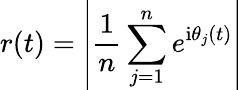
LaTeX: r(t)=\left\lvert\frac{1}{n}\sum_{j=1}^{n}e^{\mathrm{i}\theta_{j}(t)}\right\lvert